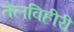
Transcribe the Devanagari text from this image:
तेलविहीरी